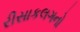
રીસાકલગનો